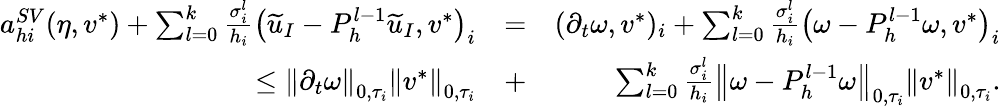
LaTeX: \begin{array}{rlr}{a_{hi}^{SV}(\eta,v^{*})+\sum_{l=0}^{k}\frac{\sigma_{i}^{l}}{h_{i}}\left(\widetilde{u}_{I}-P_{h}^{l-1}\widetilde{u}_{I},v^{*}\right)_{i}}&{=}&{(\partial_{t}\omega,v^{*})_{i}+\sum_{l=0}^{k}\frac{\sigma_{i}^{l}}{h_{i}}\left(\omega-P_{h}^{l-1}\omega,v^{*}\right)_{i}}\\ {\leq\left\lVert\partial_{t}\omega\right\rVert_{0,\tau_{i}}\left\lVert v^{*}\right\rVert_{0,\tau_{i}}}&{+}&{\sum_{l=0}^{k}\frac{\sigma_{i}^{l}}{h_{i}}\left\lVert\omega-P_{h}^{l-1}\omega\right\rVert_{0,\tau_{i}}\left\lVert v^{*}\right\rVert_{0,\tau_{i}}.}\end{array}